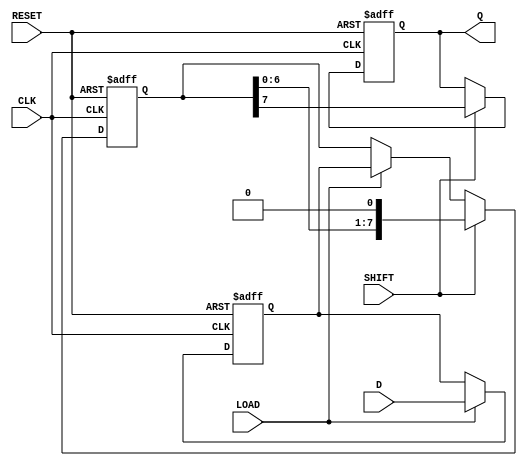
module TwoStagePISO #(
    parameter N = 8  // Number of bits in the register
)(
    input wire [N-1:0] D,    // Parallel data input
    input wire LOAD,          // Load signal
    input wire SHIFT,         // Shift signal
    input wire CLK,           // Clock signal
    input wire RESET,         // Asynchronous reset
    output reg Q              // Serial output
);

    reg [N-1:0] input_stage;  // Input stage to hold parallel data
    reg [N-1:0] output_stage; // Output stage for shifting data

    always @(posedge CLK or posedge RESET) begin
        if (RESET) begin
            // Reset both stages
            input_stage <= 0;
            output_stage <= 0;
            Q <= 0;
        end else begin
            if (LOAD) begin
                // Load parallel data into the input stage
                input_stage <= D;
                output_stage <= input_stage; // Transfer to output stage
            end
            
            if (SHIFT) begin
                // Shift data out serially
                Q <= output_stage[N-1]; // Output the MSB
                output_stage <= {output_stage[N-2:0], 1'b0}; // Shift left
            end
        end
    end

endmodule